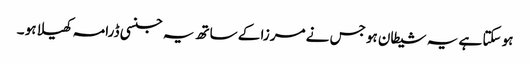
ہو سکتا ہے یہ شیطان ہو جس نے مرزا کے ساتھ یہ جنسی ڈرامہ کھیلا ہو ۔